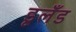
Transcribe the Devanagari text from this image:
डूलँड